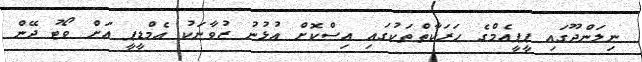
ނިލަންދޫގައި ޕީޕީއެމްގެ ހަރަކާތްތަކުގައި އިސްކޮށް އުޅުނު ޒުވާނަކު އެމްޑީޕީ އަށް ވޯޓު ދޭން